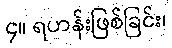
၄။ ရဟန်းဖြစ်ခြင်း၊